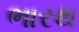
ભારથ